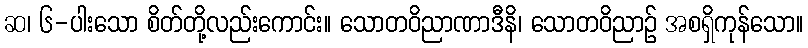
ဆ၊ ၆-ပါးသော စိတ်တို့လည်းကောင်း။ သောတဝိညာဏာဒီနိ၊ သောတဝိညာဉ် အစရှိကုန်သော။